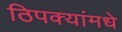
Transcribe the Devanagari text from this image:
ठिपक्यांमधे